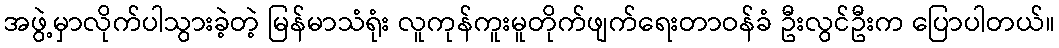
အဖွဲ့မှာလိုက်ပါသွားခဲ့တဲ့ မြန်မာသံရုံး လူကုန်ကူးမူတိုက်ဖျက်ရေးတာဝန်ခံ ဦးလွင်ဦးက ပြောပါတယ်။